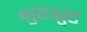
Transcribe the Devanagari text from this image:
भुरशुट